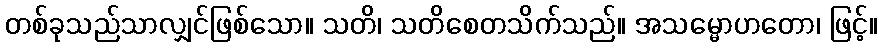
တစ်ခုသည်သာလျှင်ဖြစ်သော။ သတိ၊ သတိစေတသိက်သည်။ အသမ္မောဟတော၊ ဖြင့်။